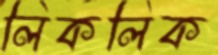
লিকলিক